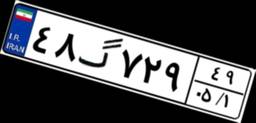
۴۸گ۷۲۹۴۹